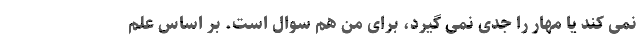
نمی کند یا مهار را جدی نمی گیرد، برای من هم سوال است. بر اساس علم